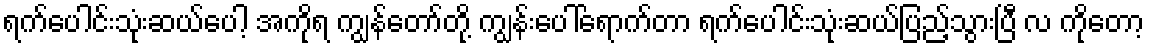
ရက်ပေါင်းသုံးဆယ်ပေါ့ အကိုရ ကျွန်တော်တို့ ကျွန်းပေါ်ရောက်တာ ရက်ပေါင်းသုံးဆယ်ပြည့်သွားပြီ လ ကိုတော့